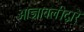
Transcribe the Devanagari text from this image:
आज्ञावलीद्वारे